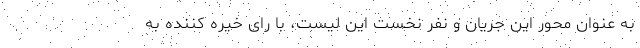
به عنوان محور این جریان و نفر نخست این لیست، با رای خیره کننده به